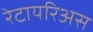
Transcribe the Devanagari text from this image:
रेटायरिअस